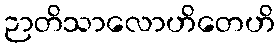
ဉာတိသာလောဟိတေဟိ